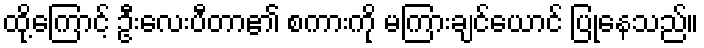
ထို့ကြောင့် ဦးလေးပီတာ၏ စကားကို မကြားချင်ယောင် ပြုနေသည်။